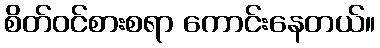
စိတ်ဝင်စားစရာ ကောင်းနေတယ်။